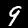
Label: 9